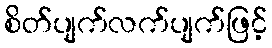
စိတ်ပျက်လက်ပျက်ဖြင့်